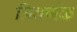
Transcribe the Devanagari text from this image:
त्रिवर्णक